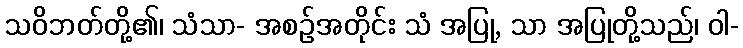
သဝိဘတ်တို့၏၊ သံသာ- အစဉ်အတိုင်း သံ အပြု, သာ အပြုတို့သည်၊ ဝါ-